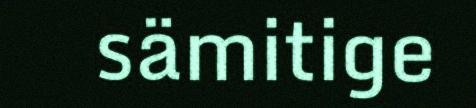
sämitige